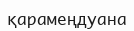
қарамеңдуана